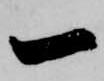
一